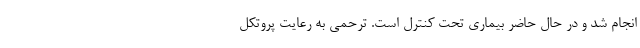
انجام شد و در حال حاضر بیماری تحت کنترل ‌است. ترحمی به رعایت پروتکل